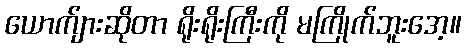
ယောက်ျားဆိုတာ ရိုးရိုးကြီးကို မကြိုက်ဘူးအေ့။